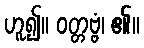
ဟူ၍။ ဝတ္တဗ္ဗံ၊ ၏။